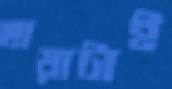
ছায়াটাই